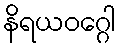
နိရယဝဂ္ဂေါ